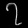
Digit: ၇